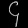
Digit: ၄